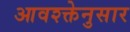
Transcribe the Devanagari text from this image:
आवश्क्तेनुसार